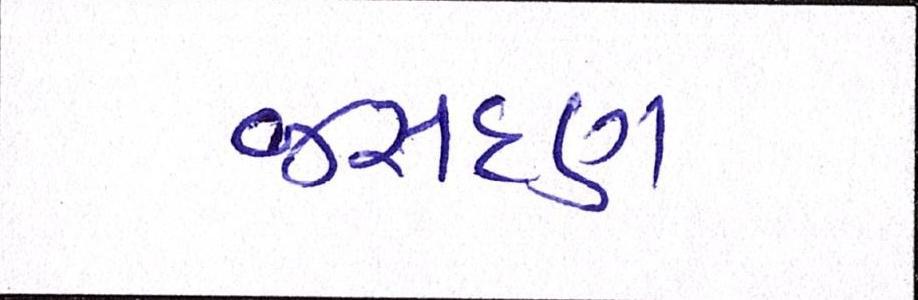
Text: જસદણ